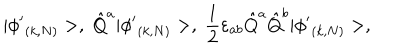
LaTeX: | { \phi ^ { \prime } } _ { ( k , N ) } > , \; \hat { Q } ^ { a } | { \phi ^ { \prime } } _ { ( k , N ) } > , \; \frac { 1 } { 2 } \varepsilon _ { a b } \hat { Q } ^ { a } \hat { Q } ^ { b } | { \phi ^ { \prime } } _ { ( k , N ) } > ,